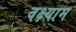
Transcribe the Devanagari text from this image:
वक्ष्याम